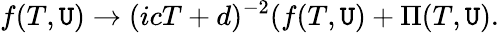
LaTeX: f(T,\mathtt{U})\rightarrow(icT+d)^{-2}(f(T,\mathtt{U})+{\Pi}(T,\mathtt{U}).